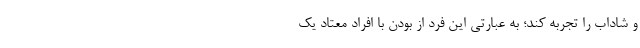
و شاداب را تجربه کند؛ به عبارتی این فرد از بودن با افراد معتاد یک